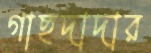
গাছদাদার